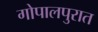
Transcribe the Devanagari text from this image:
गोपालपुरात